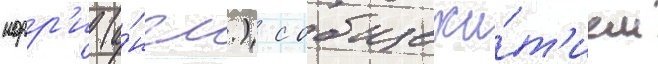
норр'и (а́нгл.) с общежи́т'ием